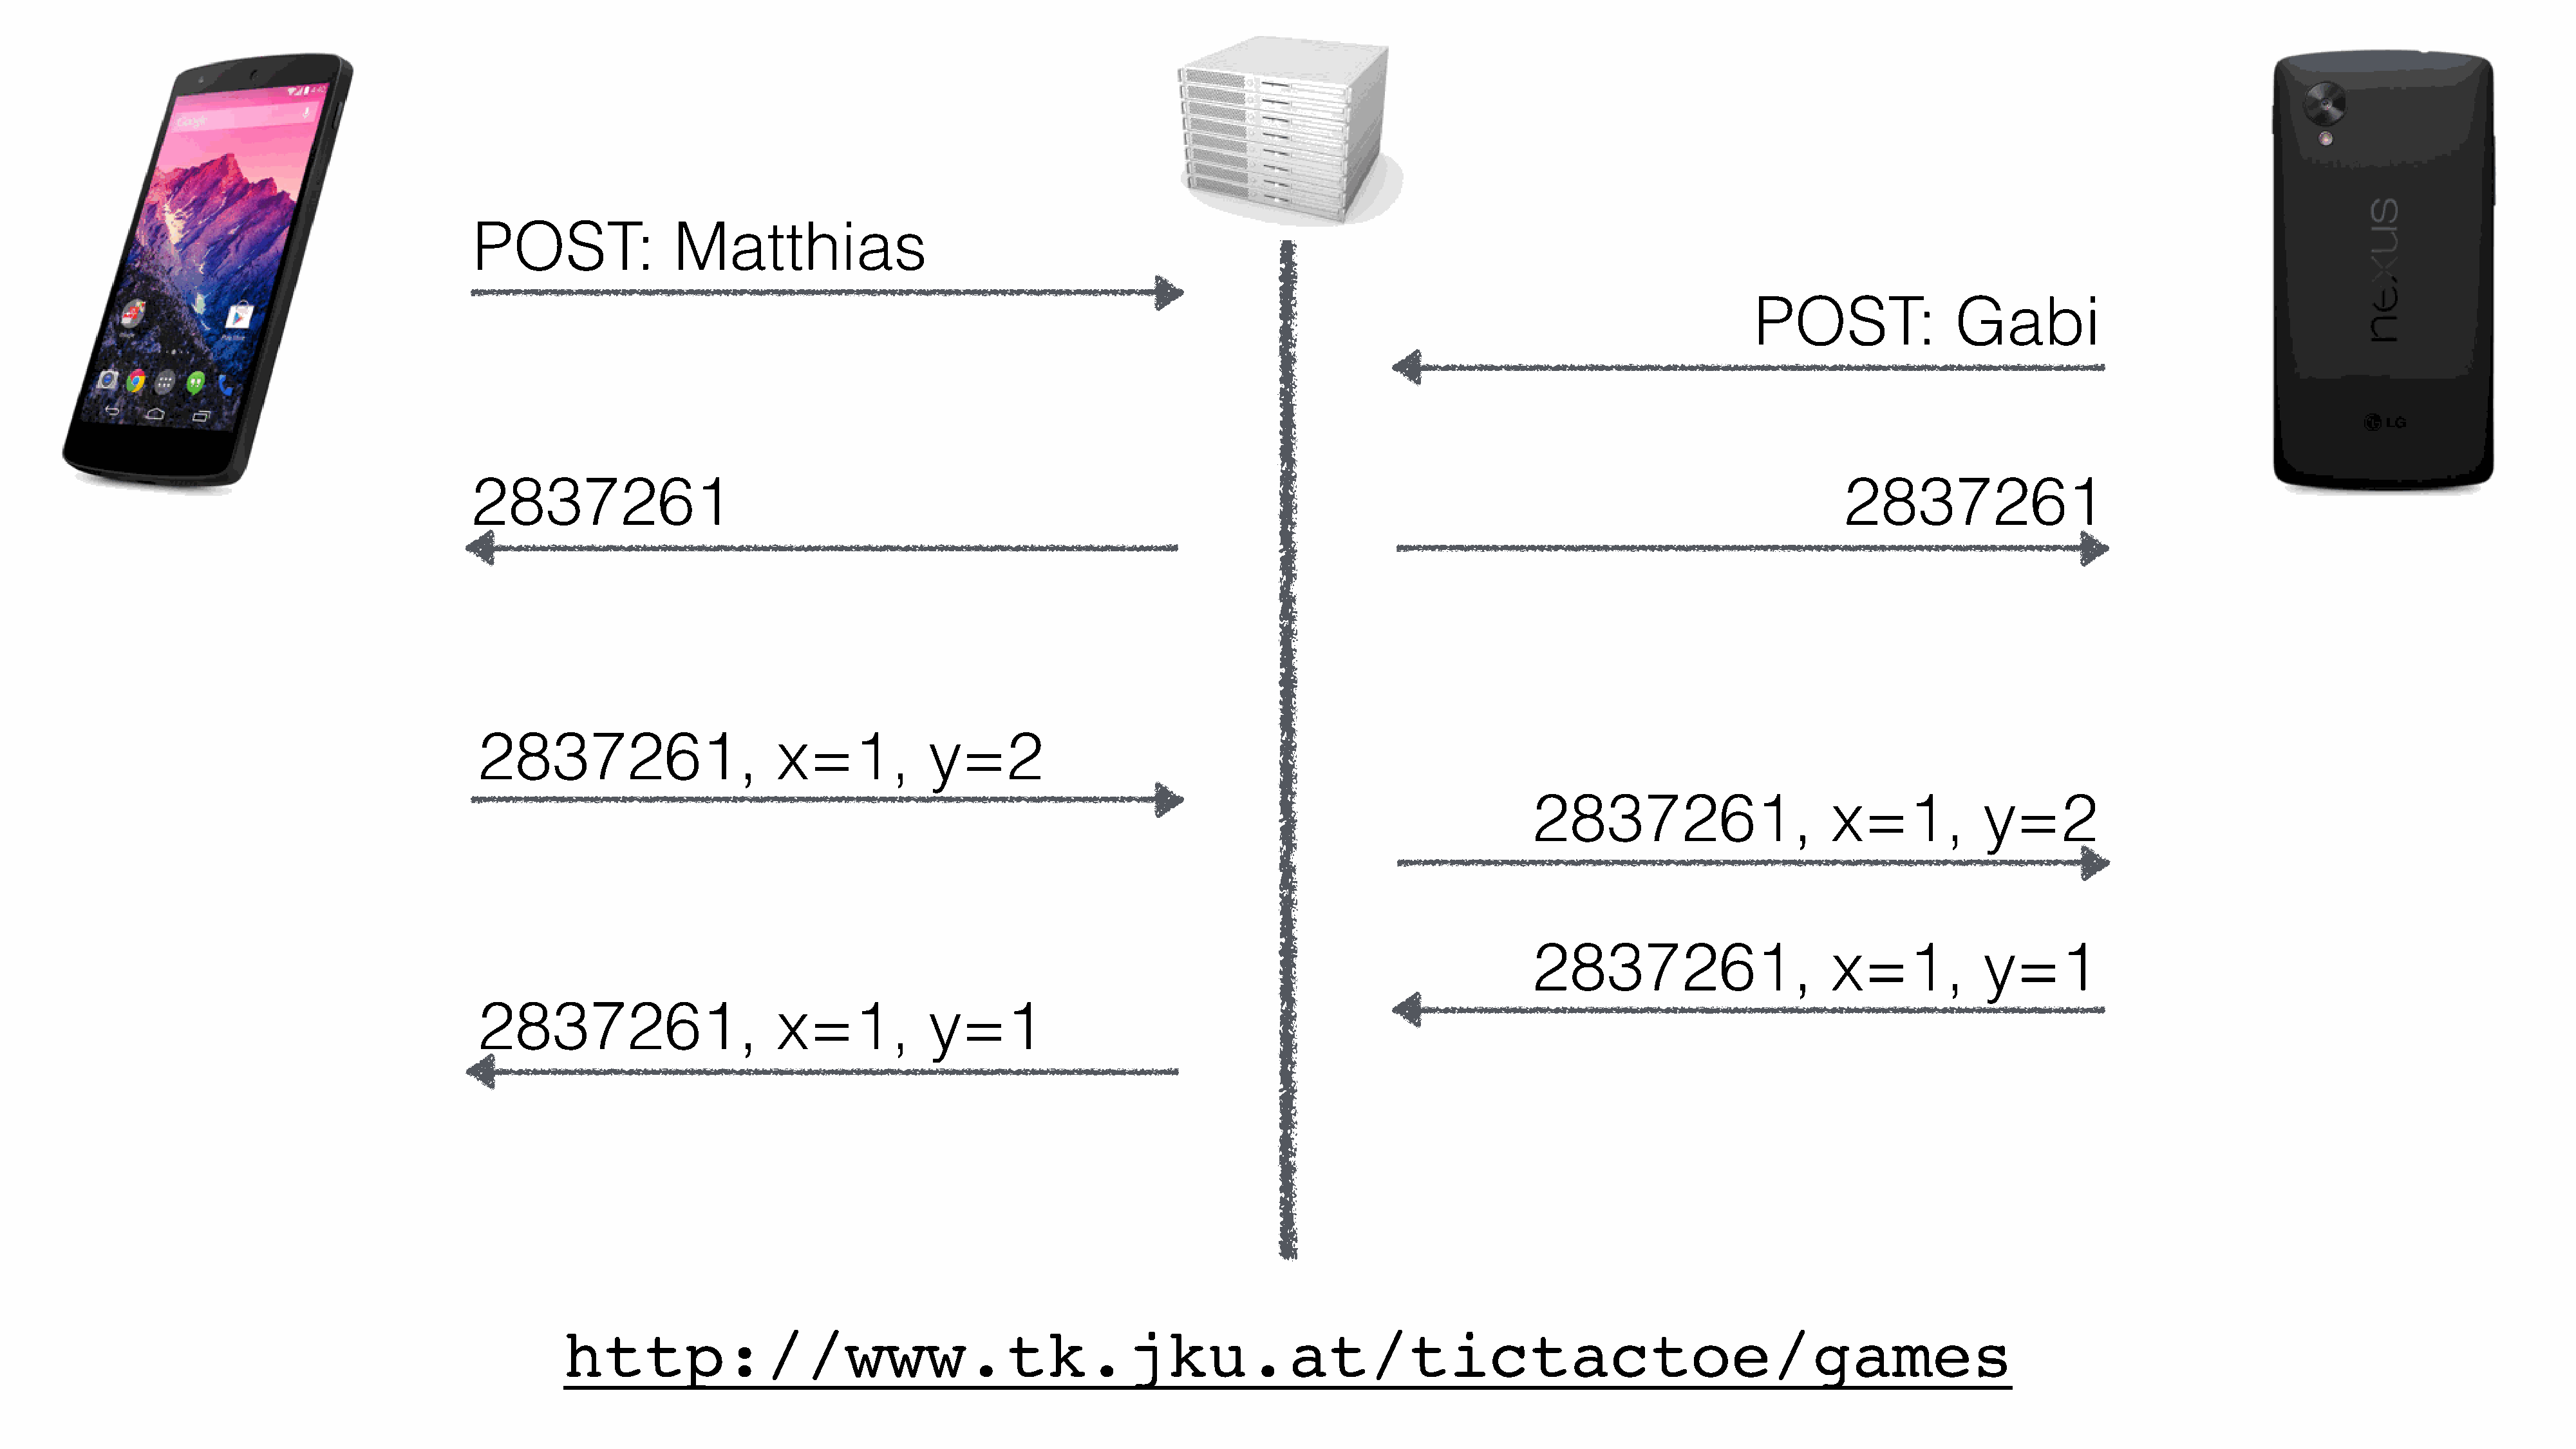
POST:               Matthias
 POST:                Gabi
 2837261                                                                                                                                       2837261
 2837261,                       x=1,           y=2
 2837261,                      x=1,            y=2
 2837261,                      x=1,            y=1
 2837261,                       x=1,           y=1
 http://www.tk.jku.at/tictactoe/games